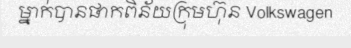
ម្នាក់បានផាកពិន័យក្រុមហ៊ុន Volkswagen